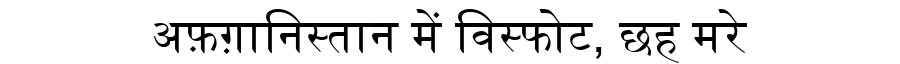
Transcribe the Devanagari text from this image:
अफ़ग़ानिस्तान में विस्फोट, छह मरे